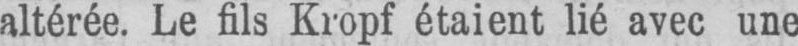
altérée. Le fils Kropf étaient lié avec une